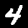
Digit: 4